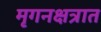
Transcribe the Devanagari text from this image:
मृगनक्षत्रात